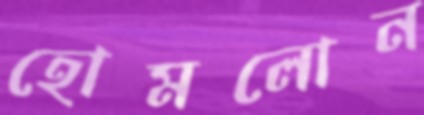
হোমলোন